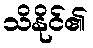
သိနိုင်၏